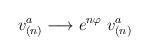
LaTeX: \begin{align*}v_{(n)}^{a}\longrightarrow e^{n\varphi }\ v_{(n)}^{a}\end{align*}